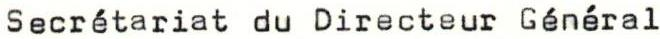
Secrétariat du Directeur Général